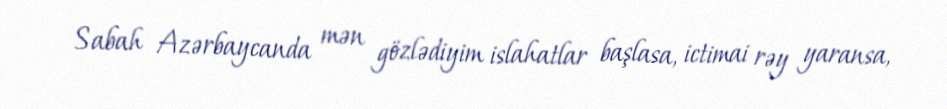
Sabah Azərbaycanda mən gözlədiyim islahatlar başlasa, ictimai rəy yaransa,